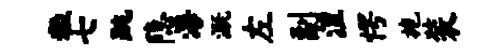
粒七跳隐海溉左副涅愕施装